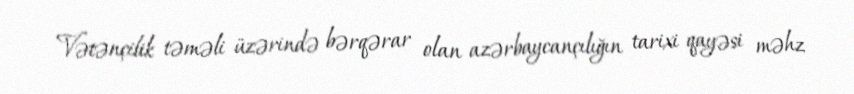
Vətənçilik təməli üzərində bərqərar olan azərbaycançılığın tarixi qayəsi məhz